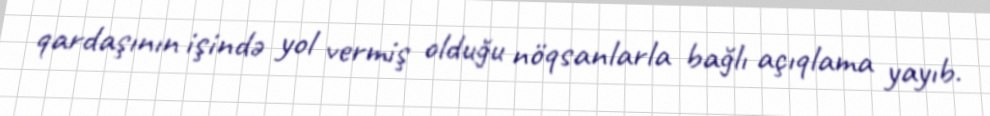
qardaşının işində yol vermiş olduğu nöqsanlarla bağlı açıqlama yayıb.